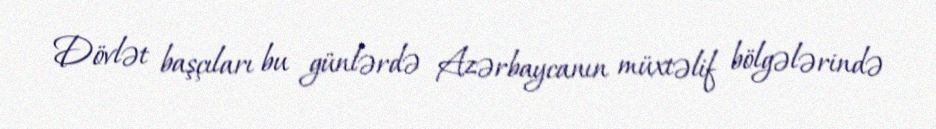
Dövlət başçıları bu günlərdə Azərbaycanın müxtəlif bölgələrində